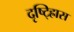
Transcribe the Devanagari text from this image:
दृष्ट्ह्रािस